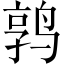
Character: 鹑